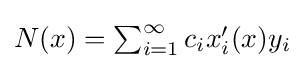
{\textstyle N(x)=\sum _{i=1}^{\infty }c_{i}x'_{i}(x)y_{i}}